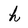
Character: h